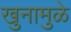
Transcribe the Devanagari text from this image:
खुनामुळे